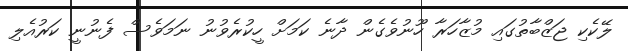
ލޭކެކި ޖަޒްބާތުގައި މުޒާހަރާ ހޫނުވެގެން ދާނެ ކަމަށް ހީކުރެވުނު ނަމަވެސް ފެނުނީ ކަރުއެލި